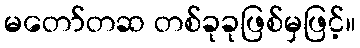
မတော်တဆ တစ်ခုခုဖြစ်မှဖြင့်။